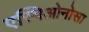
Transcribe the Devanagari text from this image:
एस्पिओनोसा